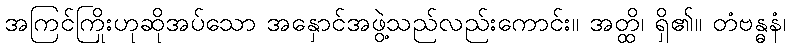
အကြင်ကြိုးဟုဆိုအပ်သော အနှောင်အဖွဲ့သည်လည်းကောင်း။ အတ္ထိ၊ ရှိ၏။ တံဗန္ဓနံ၊